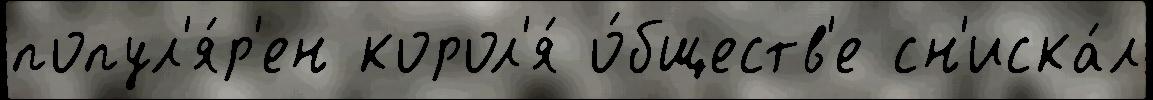
попул'я́р'ен корол'я́ о́бществ'е сн'иска́л